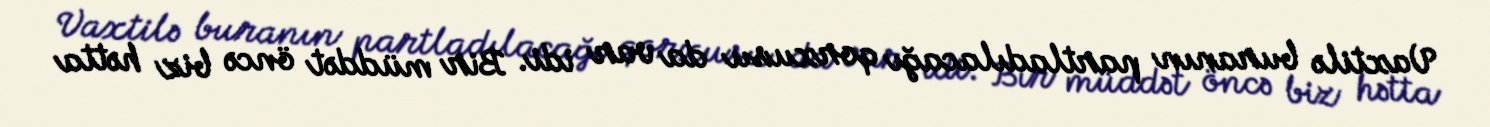
Vaxtilə buranın partladılacağı qorxusu da var idi. Bir müddət öncə biz hətta